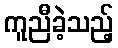
ကူညီခဲ့သည့်